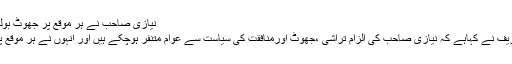
نیازی صاحب نے ہر موقع پر جھوٹ بولنے کے عالمی ریکارڈ قائم کئے ہیں ،شہبازشریف
لاہور(آئی این پی )وزیراعلیٰ پنجاب محمد شہبازشریف نے کہاہے کہ نیازی صاحب کی الزام تراشی ،جھوٹ اورمنافقت کی سیاست سے عوام متنفر ہوچکے ہیں اور انہوں نے ہر موقع پر جھوٹ بولنے کے عالمی ریکارڈ قائم کئے ہیں ۔